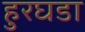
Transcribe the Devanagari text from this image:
हुरघडा